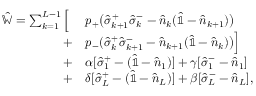
\begin{array} { r l } { \hat { \mathbb { W } } = \sum _ { k = 1 } ^ { L - 1 } \Big [ \; } & { p _ { + } \big ( \hat { \sigma } _ { k + 1 } ^ { + } \hat { \sigma } _ { k } ^ { - } - \hat { n } _ { k } ( \hat { \mathbb { 1 } } - \hat { n } _ { k + 1 } ) \big ) } \\ { + } & { p _ { - } ( \hat { \sigma } _ { k } ^ { + } \hat { \sigma } _ { k + 1 } ^ { - } - \hat { n } _ { k + 1 } ( \hat { \mathbb { 1 } } - \hat { n } _ { k } ) \big ) \Big ] } \\ { + } & { \alpha [ \hat { \sigma } _ { 1 } ^ { + } - ( \hat { \mathbb { 1 } } - \hat { n } _ { 1 } ) ] + \gamma [ \hat { \sigma } _ { 1 } ^ { - } - \hat { n } _ { 1 } ] } \\ { + } & { \delta [ \hat { \sigma } _ { L } ^ { + } - ( \hat { \mathbb { 1 } } - \hat { n } _ { L } ) ] + \beta [ \hat { \sigma } _ { L } ^ { - } - \hat { n } _ { L } ] , } \end{array}